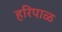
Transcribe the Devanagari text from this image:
हरिपाळ